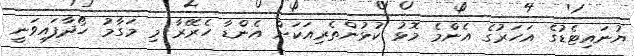
ޔުނައިޓެޑުގެ އަހަރުގެ އެންމެ މޮޅު ކުޅުންތެރިއަކަށް އެންޑާ ހެރޭރާ މި މަގާމު ހޯދާފައިވަނީ